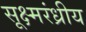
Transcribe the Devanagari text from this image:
सूक्ष्मरंध्रीय